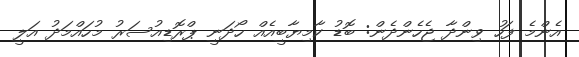
އެންމެ ފަހު ވިންދާ ޖެހެންދެން: ބޮޑު ކާމިޔާބީއެއް ހޯދަނީ ޕްރޮޑިއުސަރު މުހައްމަދު އަލީ